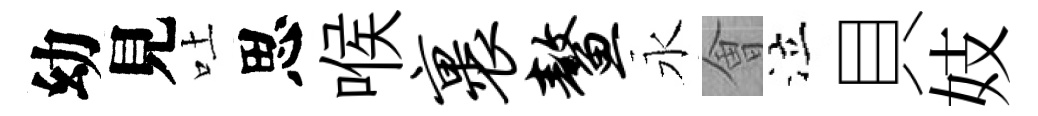
幼見吐思喉裹鳌永㑹泣貝妓